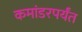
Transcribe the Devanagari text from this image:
कमांडरपर्यंत